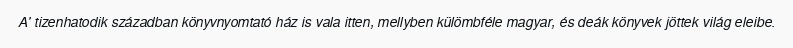
A' tizenhatodik században könyvnyomtató ház is vala itten, mellyben külömbféle magyar, és deák könyvek jöttek világ eleibe.